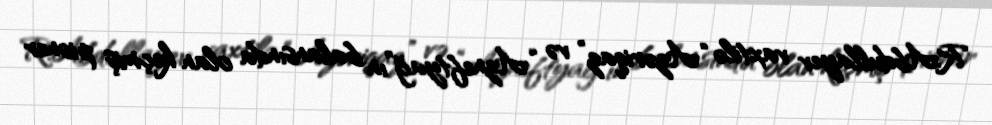
R.Abdullayev vaxtilə “Azəriqaz” və “Azneftyağ”ın balansında olan keçmiş pioner